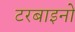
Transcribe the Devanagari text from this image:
टरबाइनो